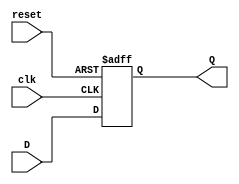
module dff_reset (
    input wire D,
    input wire clk,
    input wire reset,
    output reg Q
);

always @(posedge clk or posedge reset) begin
    if (reset) begin
        Q <= 1'b0; // Force output to known state when reset is active
    end else begin
        Q <= D; // Change state according to D input on rising edge of clock
    end
end

endmodule